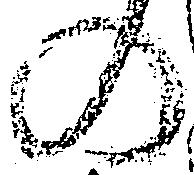
の